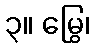
၃။ မြွေ၊